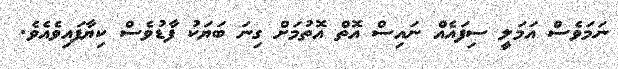
ނަމަވެސް އަމަލީ ސިފައެއް ނައިސް އޮތް އޮތުމަށް ގިނަ ބަޔަކު ފާޑުވެސް ކިޔާފައިވެއެވެ.